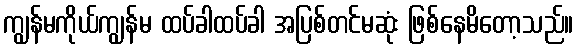
ကျွန်မကိုယ်ကျွန်မ ထပ်ခါထပ်ခါ အပြစ်တင်မဆုံး ဖြစ်နေမိတော့သည်။